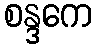
စန္ဒကေ